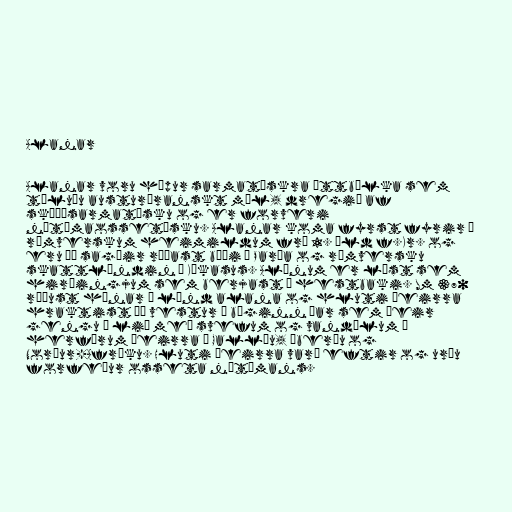
Alanar

Alanar voru hópur sarmatískra ættbálka sem
töluðu austuríranskt mál, dregið af
skýþósarmatísku og er forveri
nútímaossetísku. Alanar koma fyrst fyrir í
rómverskum heimildum frá 1. öld f.Kr. og
eru þá sagðir ráðast bæði á Parþa og rómversku
skattlöndin í Kákasus. Alönum er lýst sem
hirðingjum sem berjast á hestbaki. Um 370
réðust húnar á lönd alana og hluti þeirra
hraktist þá vestur á bóginn þar sem þeir
gengu í lið með svefum og vandölum í
herförum þeirra í Gallíu, Íberíu og
Norður-Afríku. Hluti þeirra varð eftir og urðu
forfeður osseta nútímans.